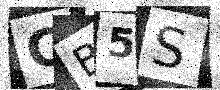
Text: CB5S